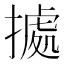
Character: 㨿